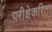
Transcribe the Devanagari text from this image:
परीक्षेकरिता